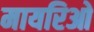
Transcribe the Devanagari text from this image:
मायरिओ